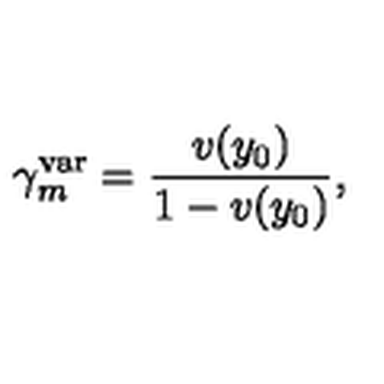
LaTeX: \gamma _ { m } ^ { \mathrm { v a r } } = { \frac { v ( y _ { 0 } ) } { 1 - v ( y _ { 0 } ) } } ,